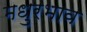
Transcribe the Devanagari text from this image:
मधुरभाव